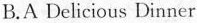
B.A Delicious Dinner